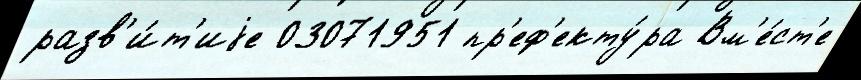
разв'и́т'иjе 03071951 пр'еф'екту́ра Вм'е́ст'е